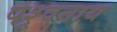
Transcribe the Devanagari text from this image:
पश्र्वनाथ